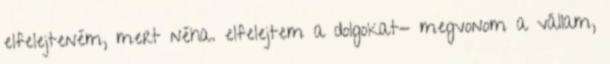
elfelejteném, mert néha. elfelejtem a dolgokat- megvonom a vállam,